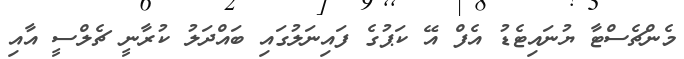
މެންޗެސްޓާ ޔުނައިޓެޑު އެފް އޭ ކަޕުގެ ފައިނަލުގައި ބައްދަލު ކުރާނީ ޗެލްސީ އާއި